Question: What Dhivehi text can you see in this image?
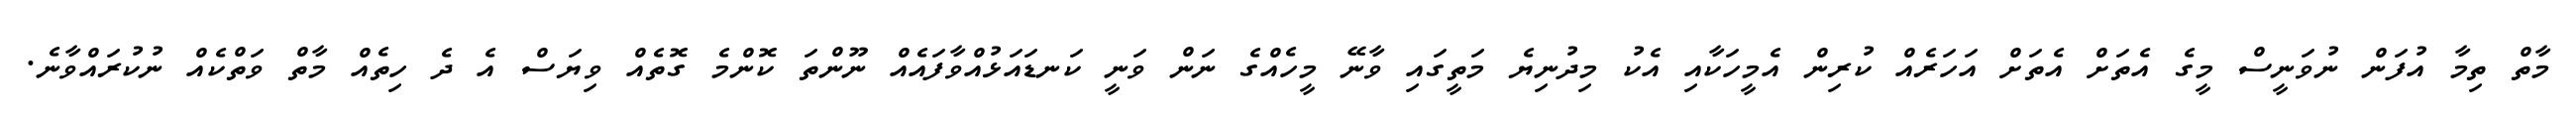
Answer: މާތް ތިމާ އުފަން ނުވަނީސް މީގެ އެތަށް އެތަށް އަހަރެއް ކުރިން އެމީހަކާއި އެކު މިދުނިޔެ މަތީގައި ވާނޭ މީހެއްގެ ނަން ވަނީ ކަނޑައަޅުއްވާފައެއް ނޫންތަ ކޮންމެ ގޮތެއް ވިޔަސް އެ ދެ ހިތެއް މާތް ވަތްކެއް ނުކުރައްވާނެ.